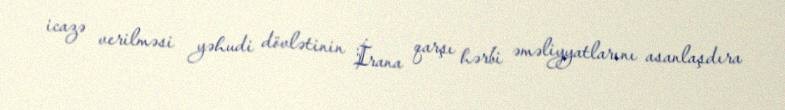
icazə verilməsi yəhudi dövlətinin İrana qarşı hərbi əməliyyatlarını asanlaşdıra